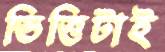
ভিত্তিটাই